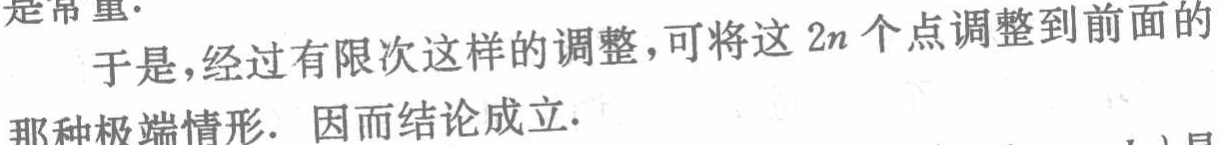
是常重.

于是,经过有限次这样的调整,可将这 \(2n\) 个点调整到前面的那种极端情形. 因而结论成立.